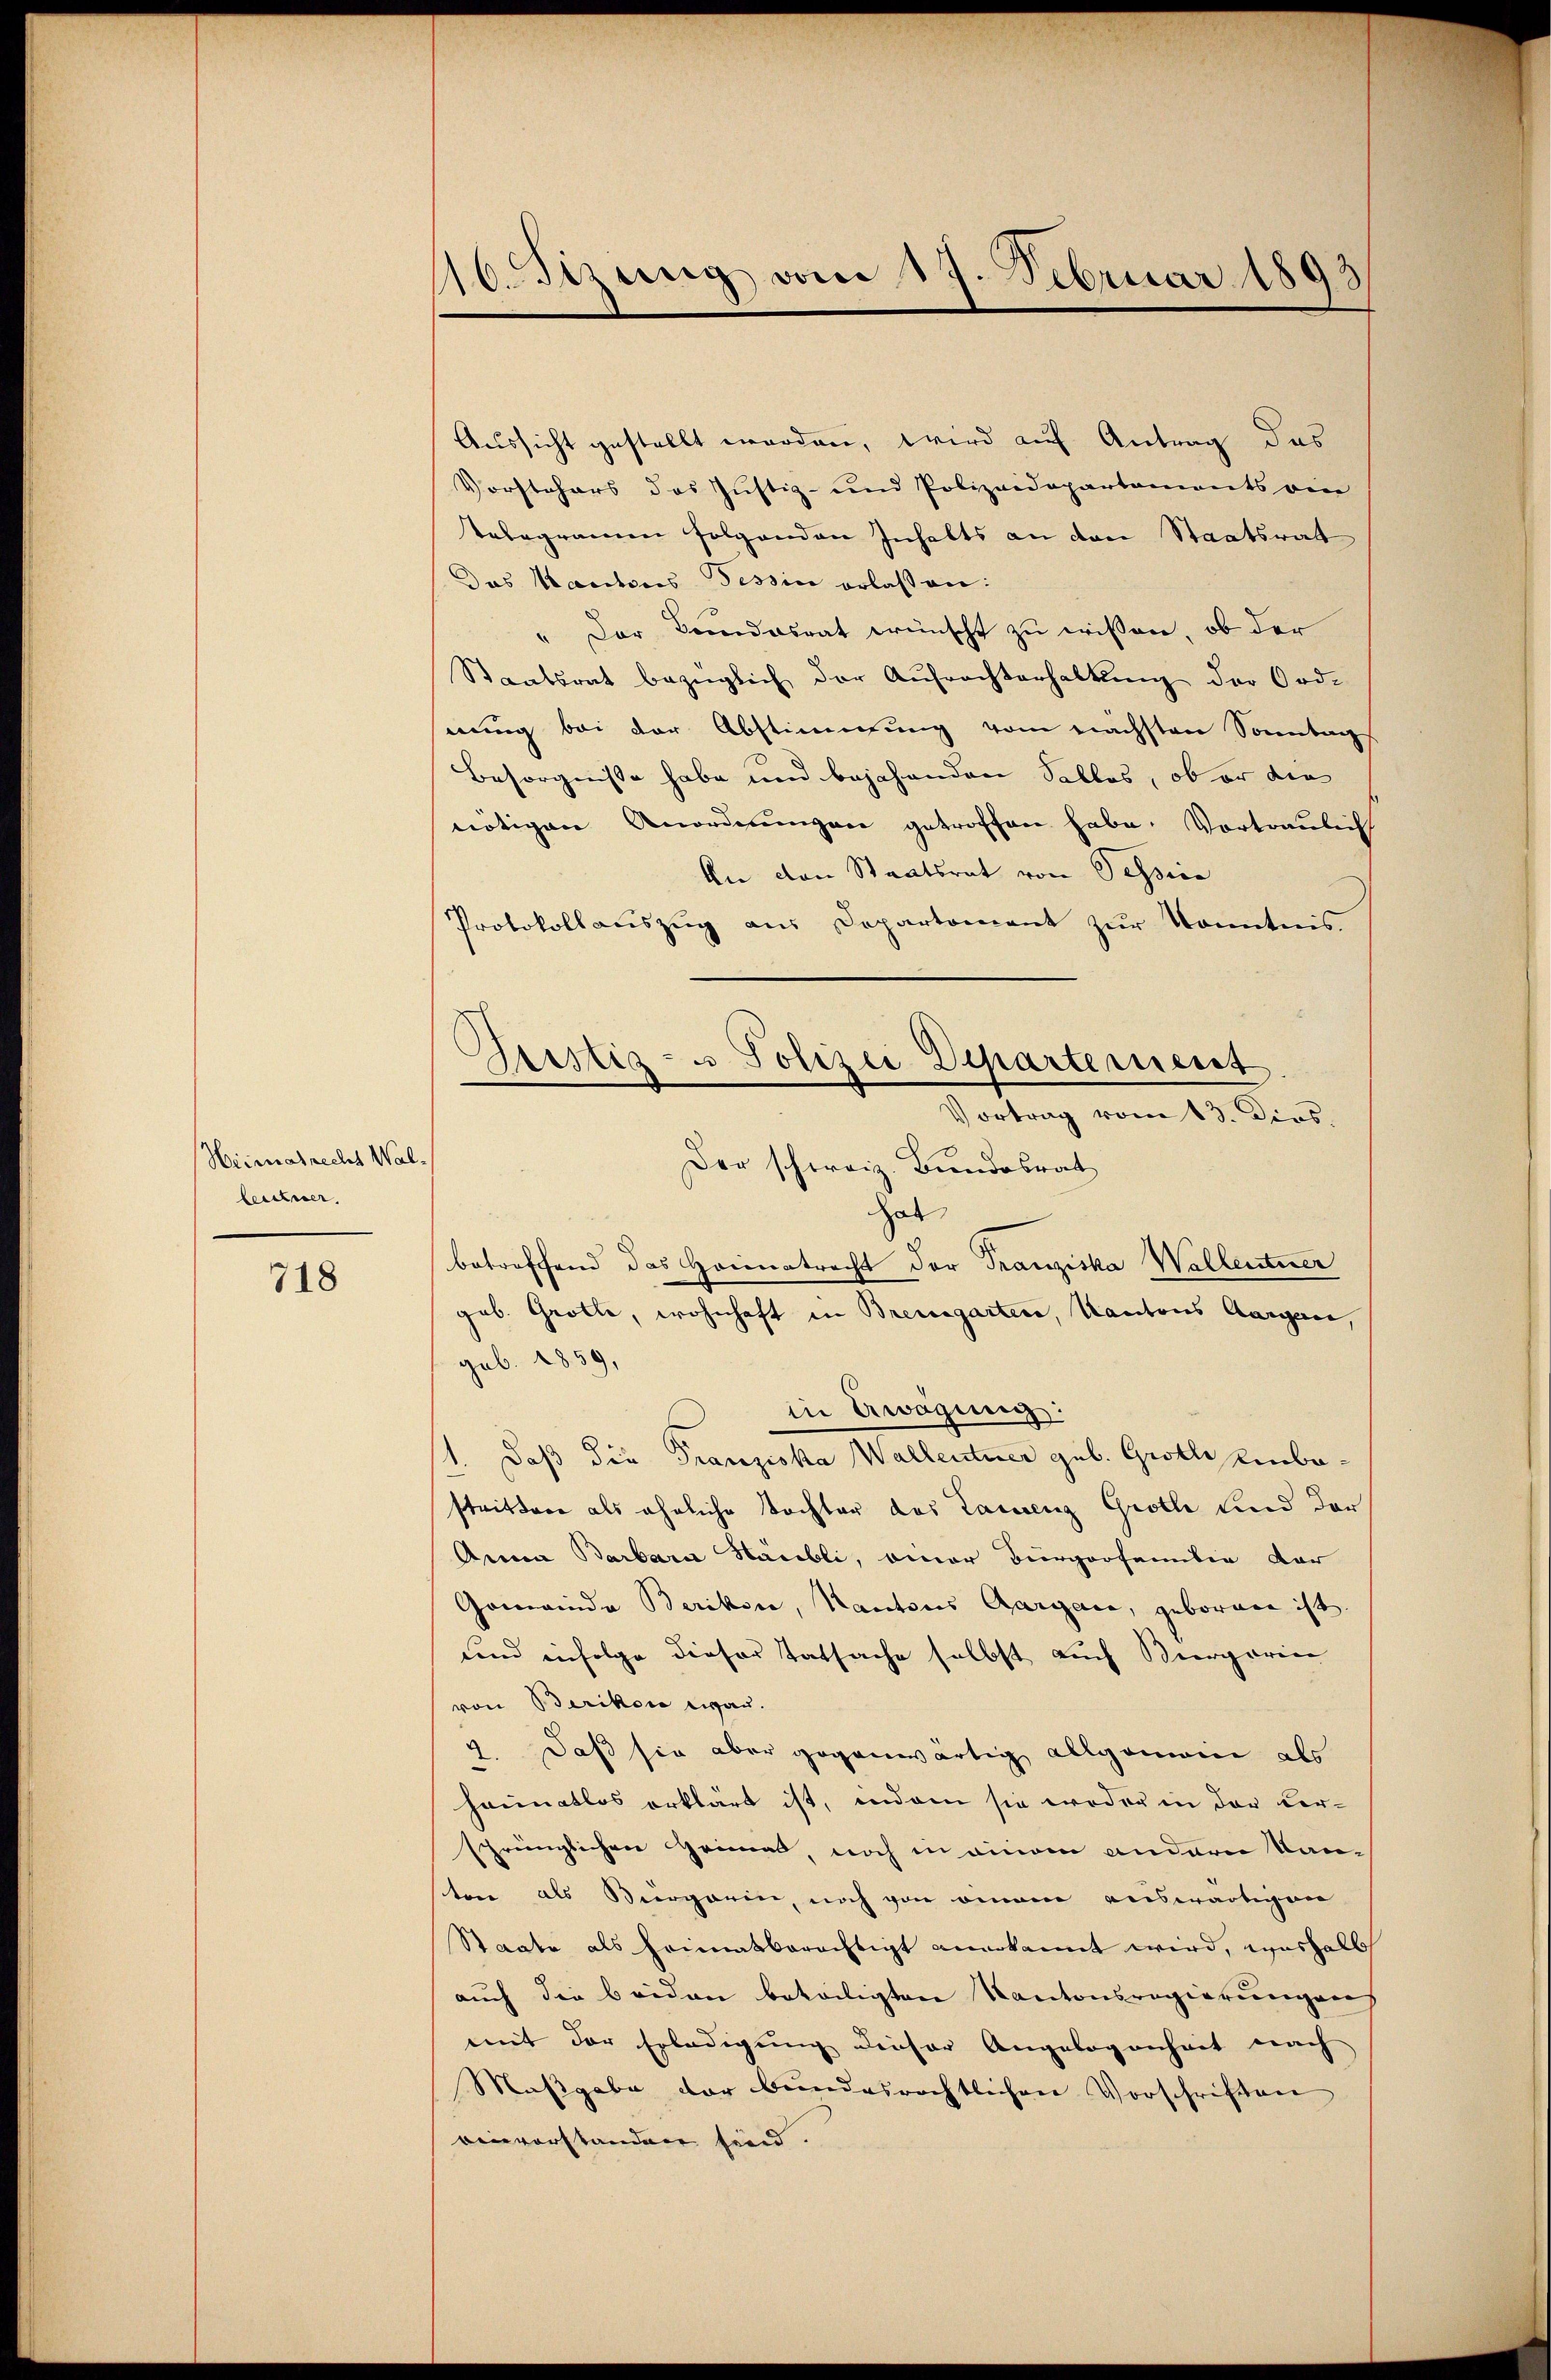
Heimatrecht Wal
leitner,

718

10. Sizung vom 17. Februar 1898
d

Aussicht gestellt worden, wird auf Antrag das
Vorstehers des Justiz- und Polizeidepartaments ein
Telegramen folgenden Inhalts an den Staatsrat
Das Kantones Tessin erlassen:
" Der Bundesrat wünscht zu wissen, ob der
Staatsrat bezüglich der Aufrechterhaltung der Ord-
nung bei der Abstimmung vom nächsten Sonntag
Besorgnisse habe und bejahenden Salles, ob er die
nötigen Anordnŭngen getroffen habe. Vortraulich
An den Staatsrat von Pessive
Protokollauszug aus Departement zur Kenntnis.
Der schweiz. Bundesrat
hat
betreffend das Heimatrecht der Franziska Wallentner
geb. Grolle, wohnhaft in Bremgarten, Kantons Aargare,
geb. 1859,
in Awögung:
1. Daß die Franziska Wallentner geb. Grotti einbastritten als ähnliche Tochter des Laurenz Grothe und der
Anna Barbara Stäubli, einer Bürgerfamilie dar
Gomainda Berikore, Kantons Aargau, geboren ist
und infolge dieser Tatsache selbst auch Biergarin
von Berikon war.
2. Daß sie aber gegenwärtig allgemein als
heimatlos erklärt ist, indem sie weder in der Versprünglichen Grimal, noch in eingen andern Kan-
sten als Vergarin, noch von einem auswärtigen
Staate als heimatberechtigt anerkannt wird, weshalb
auch die beiden beteiligten Kantonsregierungen
mit der Erledigung dieser Angelegenheit nach
Maβgabe der bundesrechtlichen Vorschriften
einverstanden sind.

Geistig- u Polizei Departement
Vortrag vom 13. Dios.